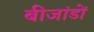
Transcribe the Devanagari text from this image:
बीजांडों